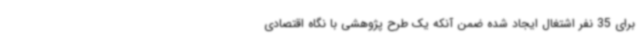
برای 35 نفر اشتغال ایجاد شده ضمن آنکه یک طرح پژوهشی با نگاه اقتصادی